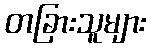
တခြားသူများ